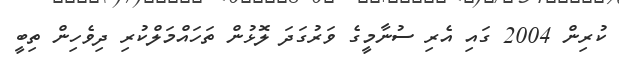
ކުރިން 2004 ގައި އެރި ސުނާމީގެ ވަރުގަދަ ލޮޅުން ތަހައްމަލްކުރި ދިވެހިން ތިބީ